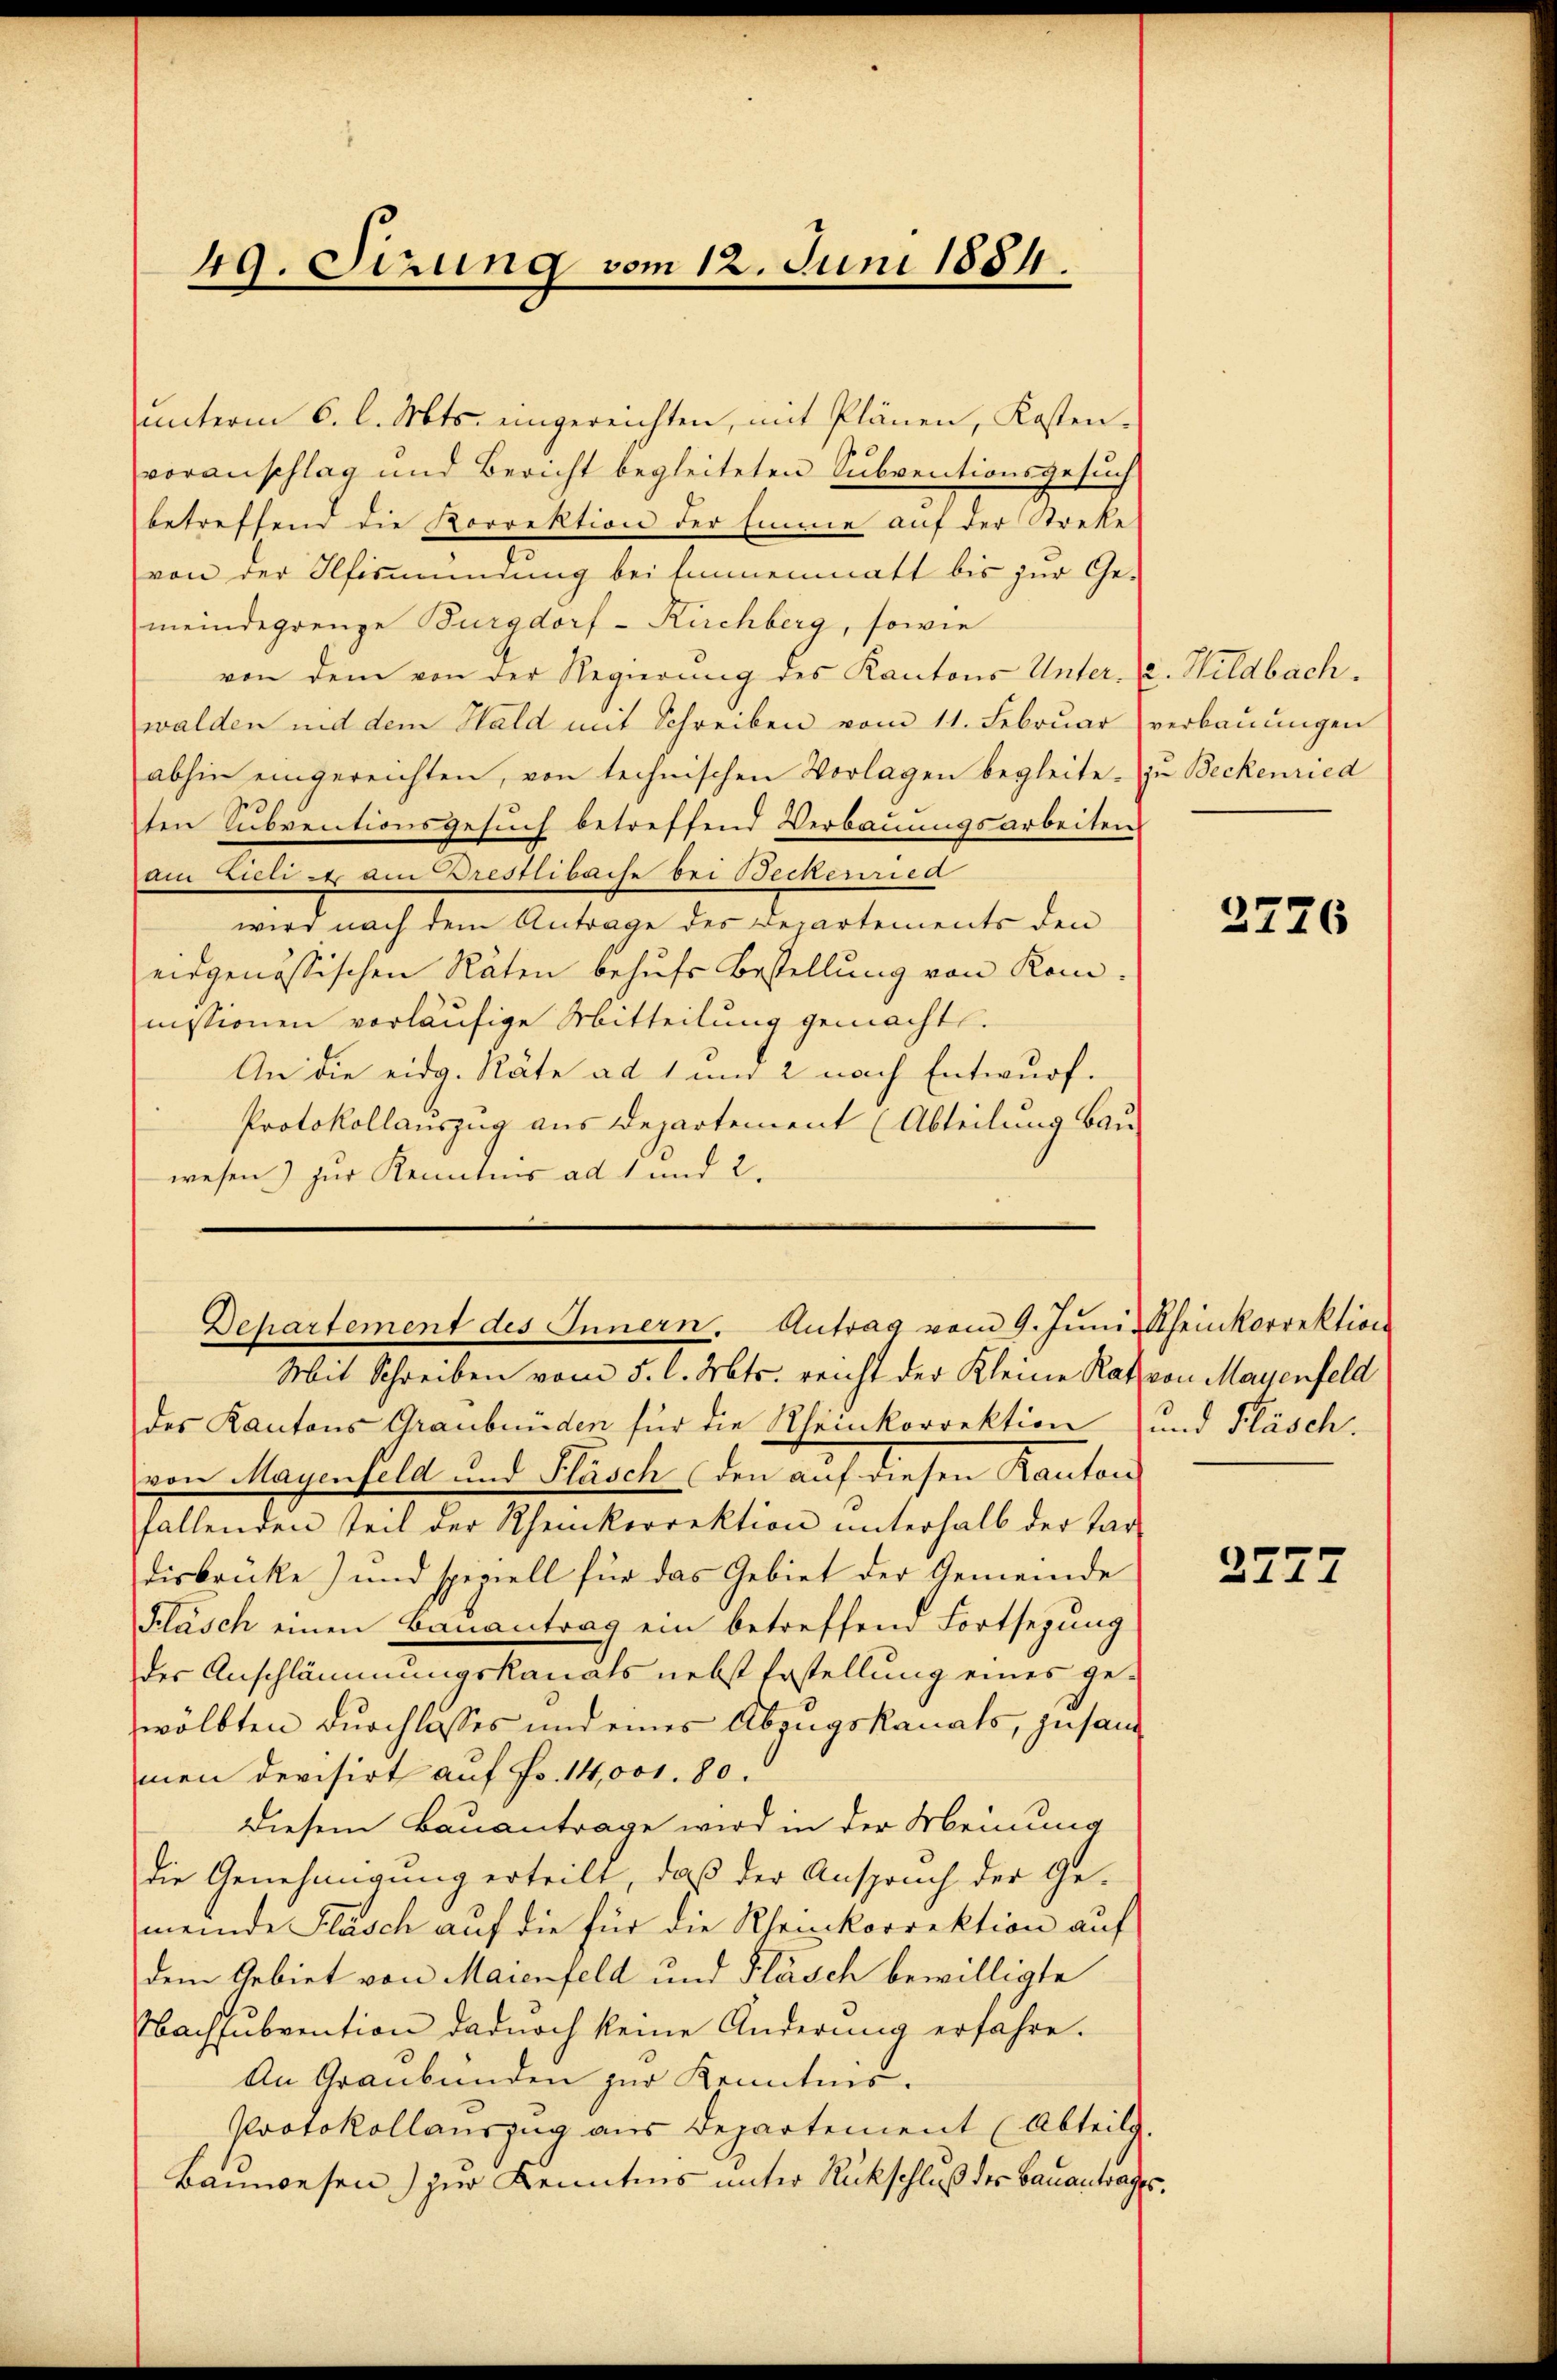
ŭnterm 6. l. Mts. eingereichten, mit Plänen, Kosten-
voranschlag und Bericht begleiteten Subventionsgesuch
betreffend die Korrektion der Einmie auf der Streke
von der Alfismundung bei sinnenmatt bis zur Ge-
meindegrenze Burgdorf - Kirchberg, sowie
von dem von der Regierung des Kantons Unter. (2. Hildbachwalden nid dem Hald mit Schreiben vom 11. Februar verbaŭŭngen
abhin eingereichten, von technischen Vorlagen begleite zu Beckenried
ten Subventionsgesuch betreffend Verbauungsarbeiten
Am Eeli e den Drestlibache bei Beckenriea
wird nach dem Antrage des Departements den
eidgenössischen Räten behufs Bestellung von Kommissionen vorläufige Mitteilung gemacht.
An die eidg. Räte ad 1 und 2 nach Entwurf.
Protokollauszug aus Departement (Abteilung Bau-
wesen) zur Kenntnis ad 1 und 2.

49. Sirung vom 12. Juni 1884.

Mit Schreiben vom 5. l. Mts. reicht der Kleine Rath von Mayenfeld
des Kantons Graubünden für die Rheinkorrektion und Fläsch.
von Magenfeld und Pläsch den auf diesen Kanton
fallenden teil der Rheinkorrektion ŭnterhalb der Tar-
disbrücke) und speciell für das Gebiet der Gemeinde
Kläsch einen Banantrag ein betreffend Fortsezung
der Anschlämmungskanals nebst Fastellung eines gewölbten durchlasses und eines Abzugskanals, zusammen devisirt auf Fr. 14,000. 80.
Diesem Bauantrage wird in der Meinung
die Genehmigung erteilt, daß der Anspruch der Ge-
meinde Flasch auf die für die Rheinkorrektion auf
dem Gebiet von Maienfeld und Fläsch bewilligte
Nachsubvention dadurch keine Änderung erfahre.
An Graubünden zur Kenntnis.
Protokollauszug aus Departement (Abteilg.
Bauwesen) zur Kenntnis unter Rückschluß der Bauantrages,

Departement des Innern. Antrag vom 9. Juni, Rheinkorrektion

2726

3777